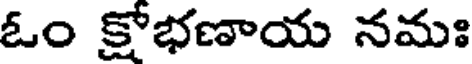
ఓం క్షోభణాయ నమః